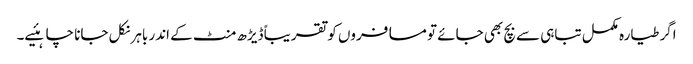
اگر طیارہ مکمل تباہی سے بچ بھی جائے تو مسافروں کو تقریباً ڈیڑھ منٹ کے اندر باہر نکل جانا چاہئیے۔